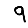
Digit: 9